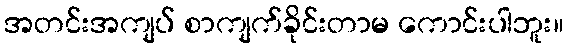
အတင်းအကျပ် စာကျက်ခိုင်းတာမ ကောင်းပါဘူး။